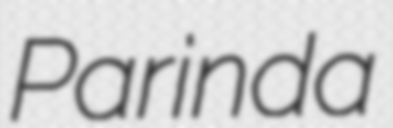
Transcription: Parinda